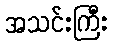
အသင်းကြီး